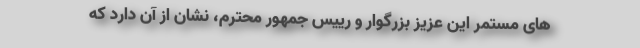
های مستمر این عزیز بزرگوار و رییس جمهور محترم، نشان از آن دارد که